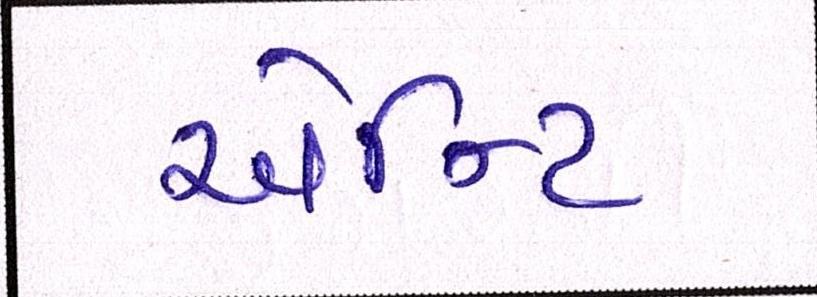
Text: એન્ટિ